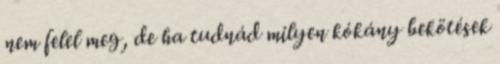
nem felel meg, de ha tudnád milyen kókány bekötések